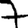
Digit: 7